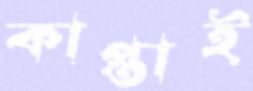
কাপ্তাই